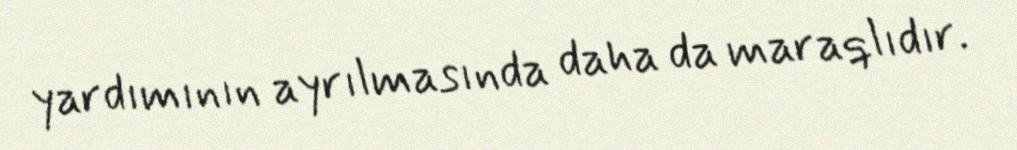
yardımının ayrılmasında daha da maraqlıdır.